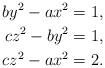
\begin{align*} by^{2} - ax^{2} &= 1,\\ cz^{2} - by^{2} &= 1,\\ cz^{2} - ax^{2} &= 2.\end{align*}